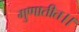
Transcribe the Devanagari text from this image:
गुणातीत।।